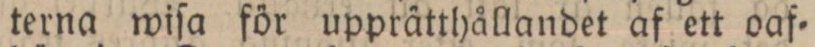
terna wiſa för upprätthållandet af ett oaf=